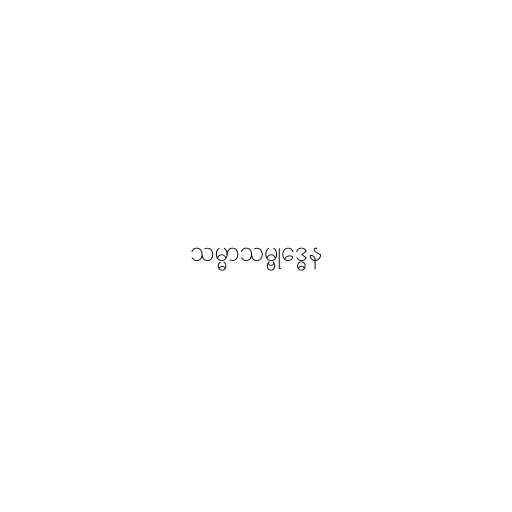
သမ္မာသမ္ဗုဒ္ဓေန